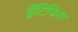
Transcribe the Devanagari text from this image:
डेंटिफिस